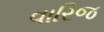
વારિજ